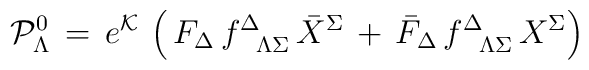
{\cal P}_\Lambda^0\, = \, e^{\cal K} \, \left ( \, F_\Delta \,f^\Delta_{\phantom{\Delta}\Lambda\Sigma} \, {\bar X}^\Sigma\, + \, {\bar F}_\Delta \,f^\Delta_{\phantom{\Delta}\Lambda\Sigma} \, {  X}^\Sigma \right )